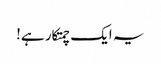
یہ ایک چمتکار ہے!